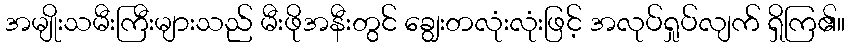
အမျိုးသမီးကြီးများသည် မီးဖိုအနီးတွင် ချွေးတလုံးလုံးဖြင့် အလုပ်ရှုပ်လျက် ရှိကြ၏။